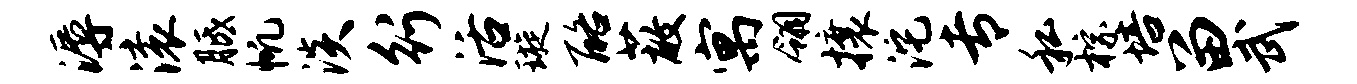
溽滚胝帆淡行活璇酪蔽寓翎攘沱专私棕培留武